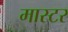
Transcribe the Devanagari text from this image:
मास्टर